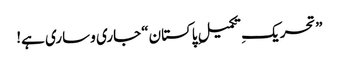
”تحریکِ تکمیلِ پاکستان“ جاری و ساری ہے!